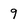
Character: 9